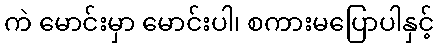
ကဲ မောင်းမှာ မောင်းပါ၊ စကားမပြောပါနှင့်